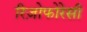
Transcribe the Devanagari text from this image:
रिज़ोफोरेसी